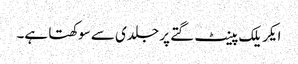
ایکریلک پینٹ گتے پر جلدی سے سوکھتا ہے۔